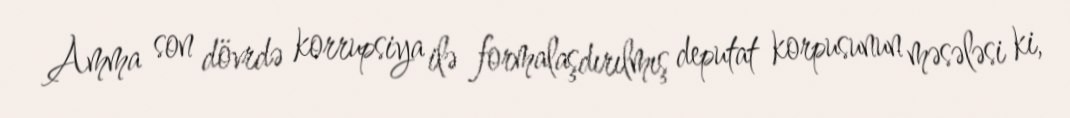
Amma son dövrdə korrupsiya ilə formalaşdırılmış deputat korpusunun məsələsi ki,